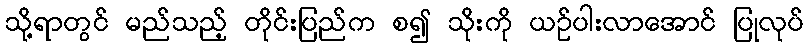
သို့ရာတွင် မည်သည့် တိုင်းပြည်က စ၍ သိုးကို ယဉ်ပါးလာအောင် ပြုလုပ်